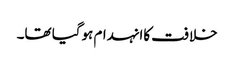
خلافت کاانہدام ہوگیا تھا۔